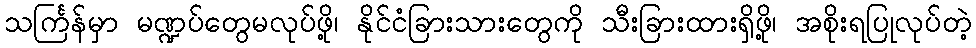
သင်္ကြန်မှာ မဏ္ဍပ်တွေမလုပ်ဖို့၊ နိုင်ငံခြားသားတွေကို သီးခြားထားရှိဖို့၊ အစိုးရပြုလုပ်တဲ့